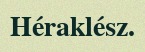
Héraklész.